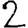
Digit: 2